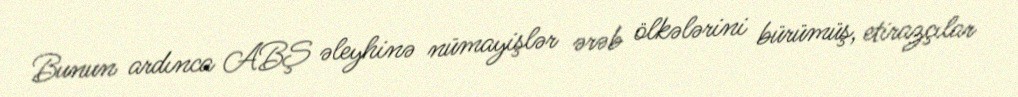
Bunun ardınca ABŞ əleyhinə nümayişlər ərəb ölkələrini bürümüş, etirazçılar